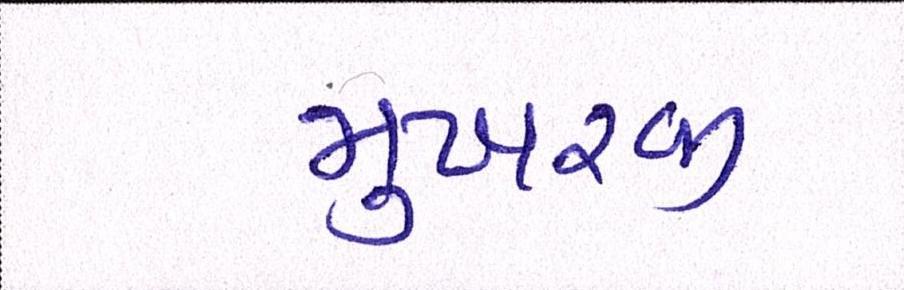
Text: મુખરજી